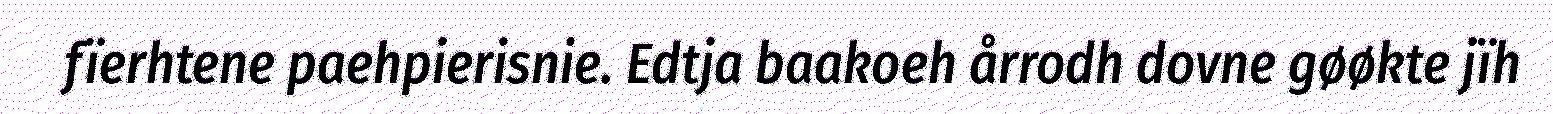
fïerhtene paehpierisnie. Edtja baakoeh årrodh dovne gøøkte jïh